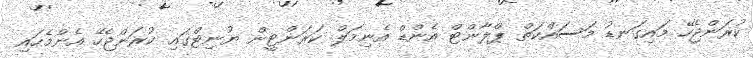
ކުރަންޖެހޭ މައިގަނޑު މަސައްކަތް ޕްލާންޓް އެންޑް އެނިމަލް ކަރަންޓީން ޔުނިޓްގައި ކުރަންޖެހޭ އެންމެހައި